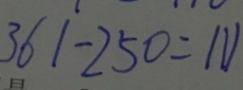
3 6 1 - 2 5 0 = 1 1 1